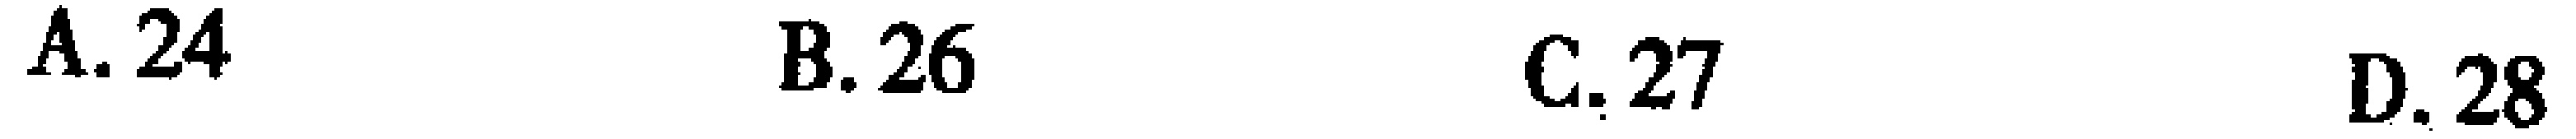
A. 24 \quad B. 26 \quad C. 27 \quad D. 28